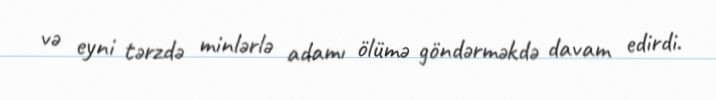
və eyni tərzdə minlərlə adamı ölümə göndərməkdə davam edirdi.